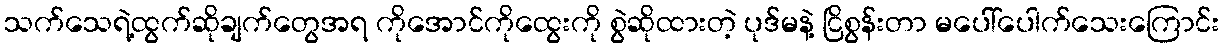
သက်သေရဲ့ထွက်ဆိုချက်တွေအရ ကိုအောင်ကိုထွေးကို စွဲဆိုထားတဲ့ ပုဒ်မနဲ့ ငြိစွန်းတာ မပေါ်ပေါက်သေးကြောင်း